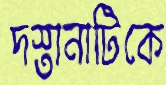
দস্তানাটিকে